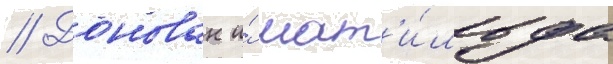
// Донован и́ мат'и́льда